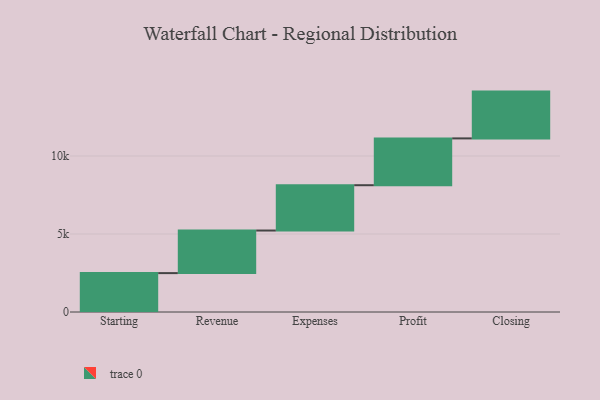
{"axis": {"x": "Step", "y": "Value"}, "legend": [""], "data": [{"x": "Starting", "y": 2493.0, "type": ""}, {"x": "Revenue", "y": 2729.0, "type": ""}, {"x": "Expenses", "y": 2905.0, "type": ""}, {"x": "Profit", "y": 3000, "type": ""}, {"x": "Closing", "y": 3000, "type": ""}]}